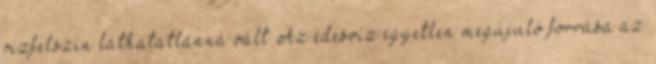
vízfelszín láthatatlanná vált Az édesvíz egyetlen megújuló forrása az